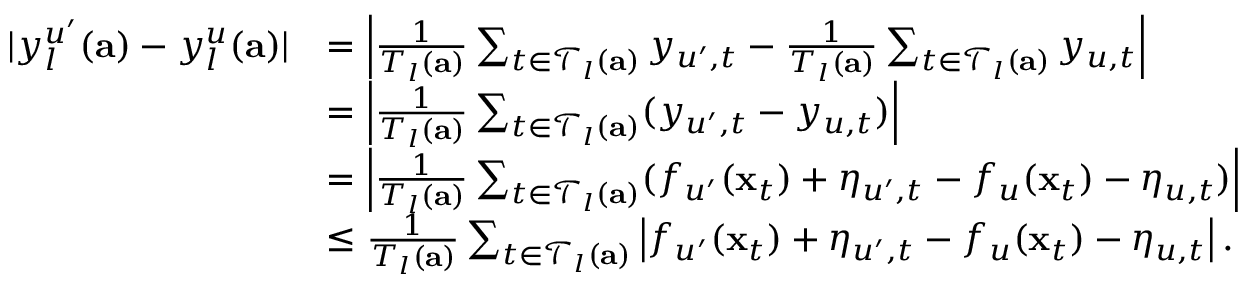
\begin{array} { r l } { | y _ { l } ^ { u ^ { \prime } } ( \mathbf { a } ) - y _ { l } ^ { u } ( \mathbf { a } ) | } & { = \left| \frac { 1 } { T _ { l } ( \mathbf { a } ) } \sum _ { t \in \mathcal { T } _ { l } ( \mathbf { a } ) } y _ { u ^ { \prime } , t } - \frac { 1 } { T _ { l } ( \mathbf { a } ) } \sum _ { t \in \mathcal { T } _ { l } ( \mathbf { a } ) } y _ { u , t } \right| } \\ & { = \left| \frac { 1 } { T _ { l } ( \mathbf { a } ) } \sum _ { t \in \mathcal { T } _ { l } ( \mathbf { a } ) } ( y _ { u ^ { \prime } , t } - y _ { u , t } ) \right| } \\ & { = \left| \frac { 1 } { T _ { l } ( \mathbf { a } ) } \sum _ { t \in \mathcal { T } _ { l } ( \mathbf { a } ) } ( f _ { u ^ { \prime } } ( \mathbf { x } _ { t } ) + \eta _ { u ^ { \prime } , t } - f _ { u } ( \mathbf { x } _ { t } ) - \eta _ { u , t } ) \right| } \\ & { \leq \frac { 1 } { T _ { l } ( \mathbf { a } ) } \sum _ { t \in \mathcal { T } _ { l } ( \mathbf { a } ) } \left| f _ { u ^ { \prime } } ( \mathbf { x } _ { t } ) + \eta _ { u ^ { \prime } , t } - f _ { u } ( \mathbf { x } _ { t } ) - \eta _ { u , t } \right| . } \end{array}